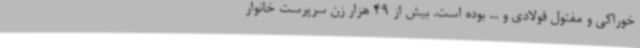
خوراکی و مفتول فولادی و ... بوده است. بیش از 49 هزار زن سرپرست خانوار